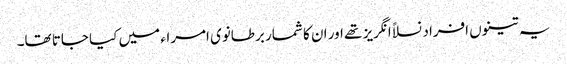
یہ تینوں افراد نسلاً انگریز تھے اور ان کا شمار برطانوی امراء میں کیا جاتا تھا۔